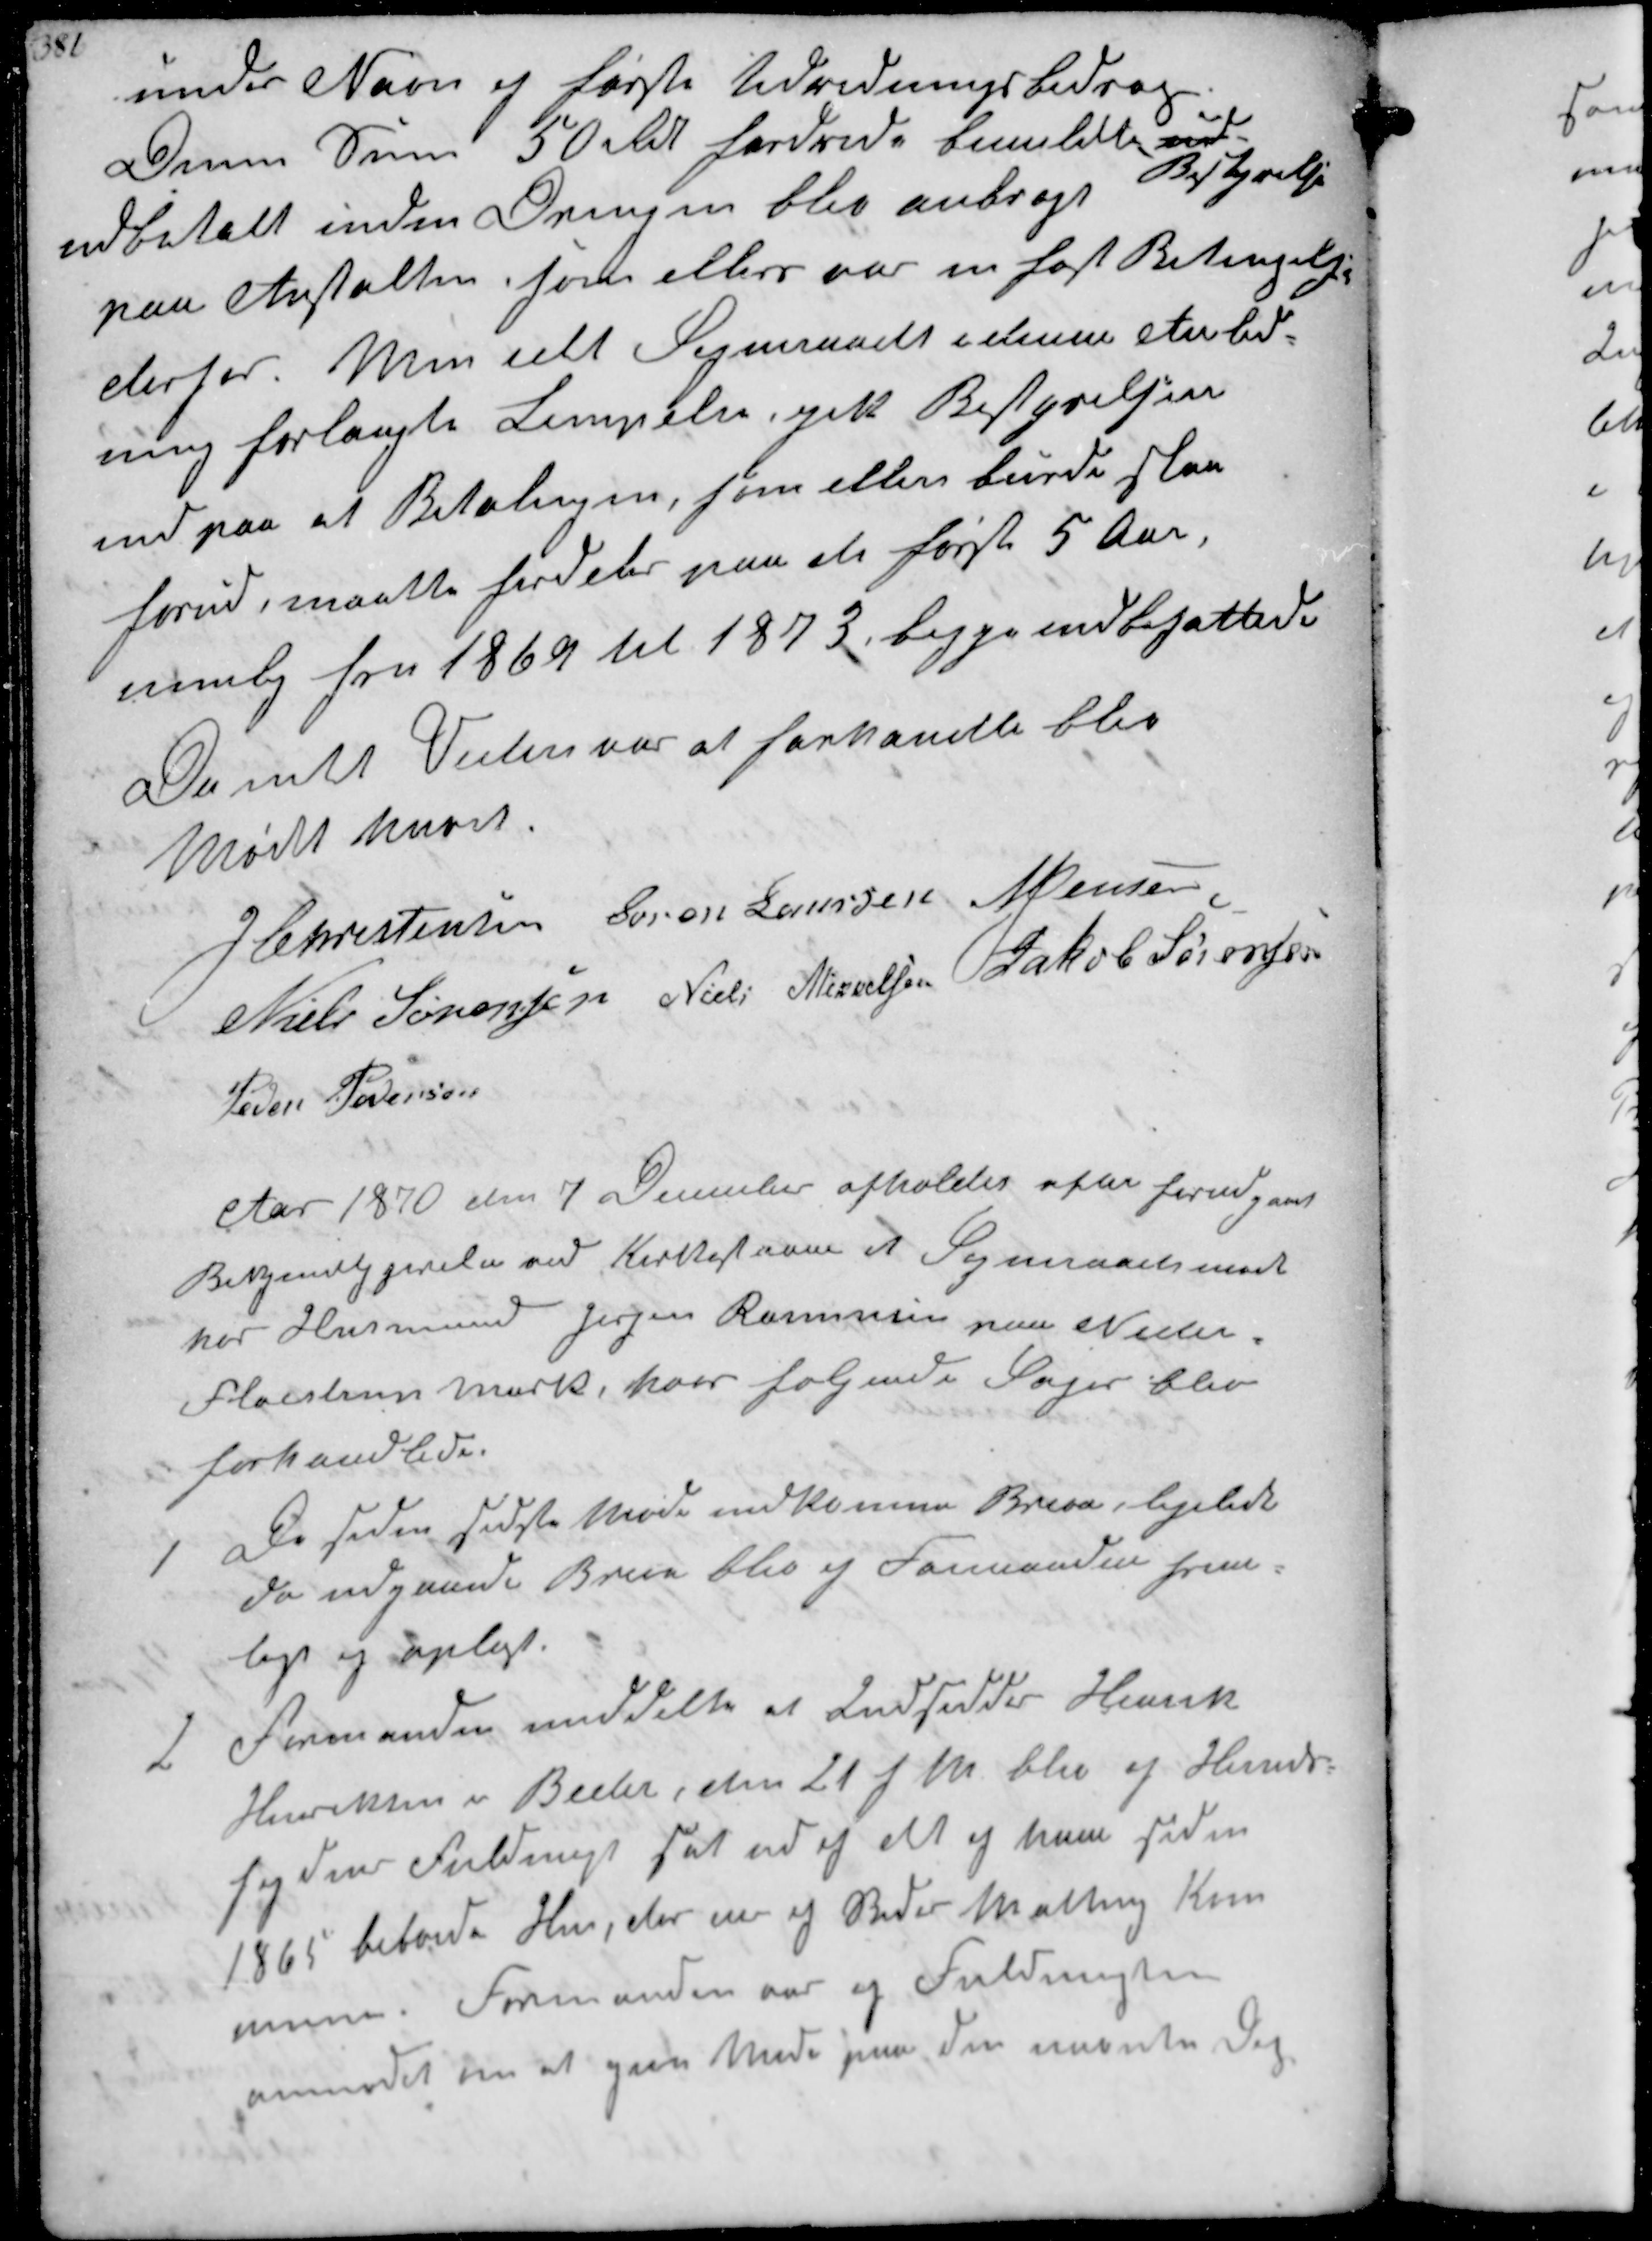
Transskription:
under Navn og første Udredningsbidrag
Denne Sum 50 Rd fordrede bemeldte ud-
Bestyrelse
udbetalt inden Drengen blev anbragt
paa Anstalten, som ellers var en fast Betingelse
derfor. Men idet Sogneraadet i denne Anled-
ning forlangte Lempelse gik Bestyrelsen
ind paa at Betalingen, som ellers burde ske
forud, maatte fordeles paa de første 5 Aar,
nemlig for 1869 til 1873, begge indbefattede
Da intet Videre var at forhandle blev
Mødet hævet
J Christensen Søren Laursen N Jensen
Niels Sørensen Niels Nielsen Jakob Sørensen
Peder Pedersen

Aar 1870 den 7 December afholdes efter forudgaaet
Bekjendtgjørelse ved Kirkestævne et Sogneraadsmøde
hos Husmand Jørgen Rasmussen paa Neder
Fløjstrup Mark, hvor følgende Sager blev
forhandlede.

1
De siden sidste Møde indkomne Breve, ligeledes
de udgaaede Breve blev af Formanden frem-
lagt og oplæst

2

Formanden meddelte at Indsidder Henrik
Henriksen i Beder, den 21 f.M. blev af Herreds-
fogdens Fuldmagt sat ud af det af ham siden
1865 beboede Hus, der af Beder Malling Kom-
mune Formanden var af Fuldmagten
anmodet om at give Møde paa den nævnte Dag